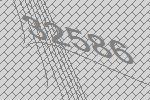
32586